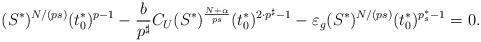
LaTeX: \begin{align*}(S^*)^{N/(ps)} (t_0^*)^{p-1}-\frac{b}{p^\sharp}C_U(S^*)^{\frac{N+\alpha}{ps}}(t_0^*)^{2\cdot p^\sharp-1}-\varepsilon_g (S^*)^{N/(ps)}(t_0^*)^{p_s^*-1}=0.\end{align*}